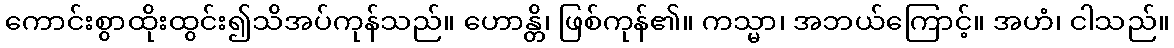
ကောင်းစွာထိုးထွင်း၍သိအပ်ကုန်သည်။ ဟောန္တိ၊ ဖြစ်ကုန်၏။ ကသ္မာ၊ အဘယ်ကြောင့်။ အဟံ၊ ငါသည်။